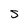
Character: S